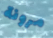
مرونة